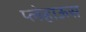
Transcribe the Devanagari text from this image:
प्लेहाऊस